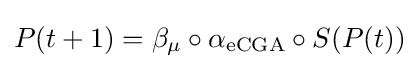
P(t+1)=\beta _{\mu }\circ \alpha _{\text{eCGA}}\circ S(P(t))